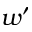
w ^ { \prime }